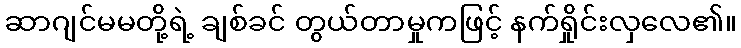
ဆာဂျင်မမတို့ရဲ့ ချစ်ခင် တွယ်တာမှုကဖြင့် နက်ရှိုင်းလှလေ၏။